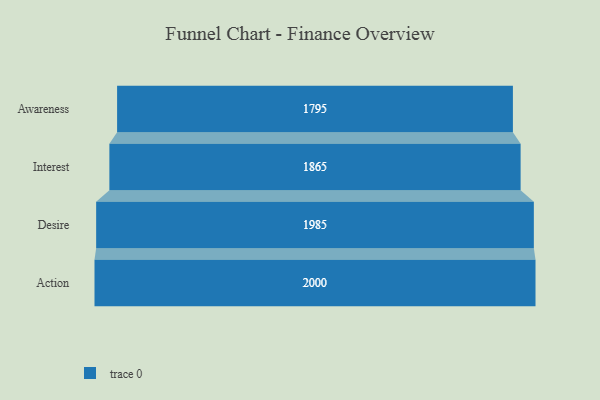
{"axis": {"x": "Stage", "y": "Value"}, "legend": [""], "data": [{"x": "Awareness", "y": 1795.0, "type": ""}, {"x": "Interest", "y": 1865.0, "type": ""}, {"x": "Desire", "y": 1985.0, "type": ""}, {"x": "Action", "y": 2000, "type": ""}]}